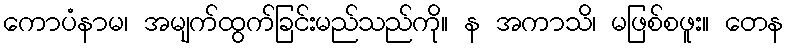
ကောပံနာမ၊ အမျက်ထွက်ခြင်းမည်သည်ကို။ န အကာသိ၊ မဖြစ်စဖူး။ တေန